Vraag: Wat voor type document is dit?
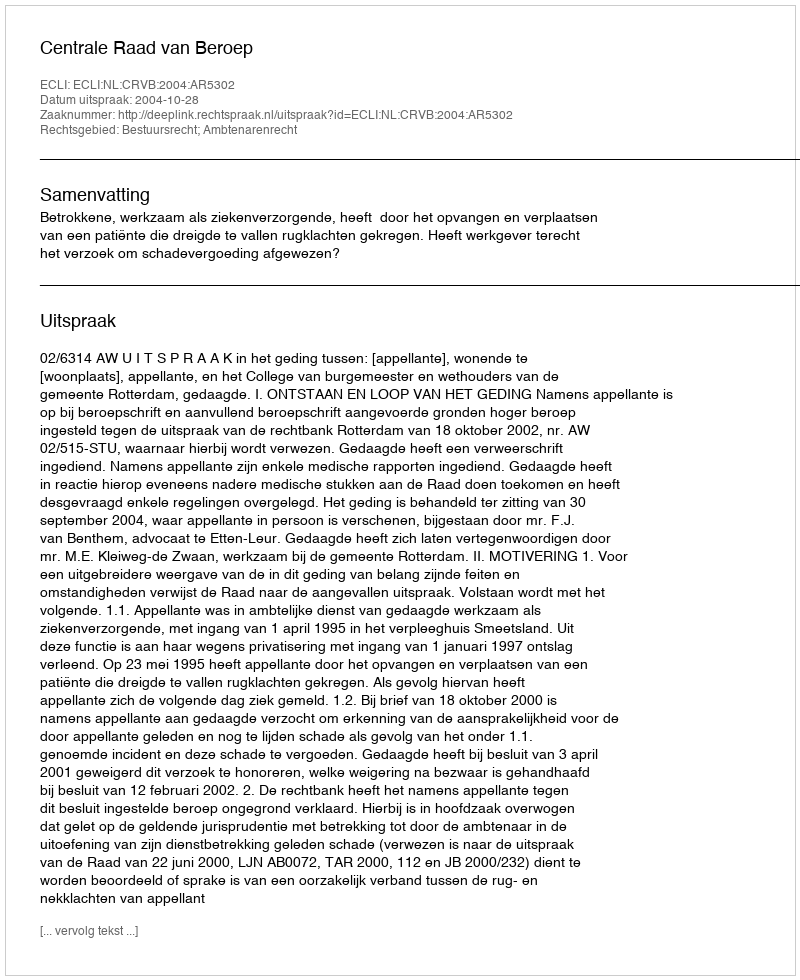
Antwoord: Uitspraak